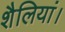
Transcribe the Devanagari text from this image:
शैलियां।